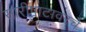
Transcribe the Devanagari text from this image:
सारीपाटावरचे